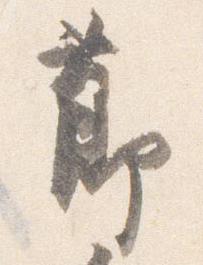
節